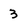
Character: 3